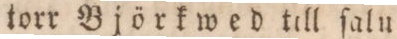
torr Björkwed till ſalu.